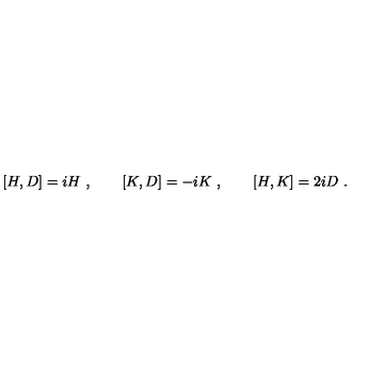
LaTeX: [ H , D ] = i H \ , \qquad [ K , D ] = - i K \ , \qquad [ H , K ] = 2 i D \ .